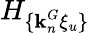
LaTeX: H_{\{ \textbf{k}_{n}^{G}\xi_{u}\} }